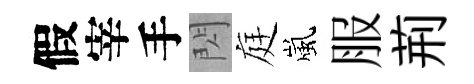
假宰手閃庭嵐服荊